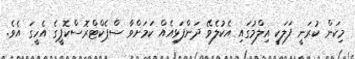
މިކަން ކުރަނީ ފަލަކީ އިލްމުގައި އެކުލެވޭ ދަންފަޅިއެއް ކަމަށްވާ ސްޕެކްޓްރޮސްކޮޕީގެ އެހީގަ އެވެ.